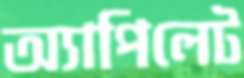
অ্যাপিলেট